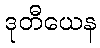
ဒုတီယေန